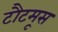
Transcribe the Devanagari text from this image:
टौटमूस